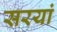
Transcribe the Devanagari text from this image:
सरयां